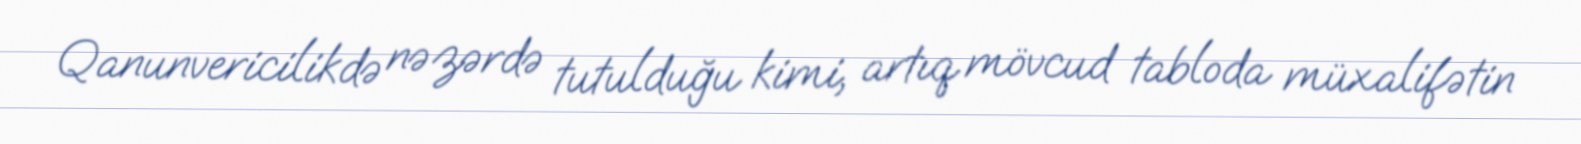
Qanunvericilikdə nəzərdə tutulduğu kimi, artıq mövcud tabloda müxalifətin